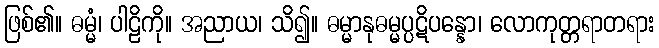
ဖြစ်၏။ ဓမ္မံ၊ ပါဠိကို။ အညာယ၊ သိ၍။ ဓမ္မာနုဓမ္မပ္ပဋိပန္နော၊ လောကုတ္တရာတရား